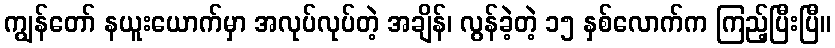
ကျွန်တော် နယူးယောက်မှာ အလုပ်လုပ်တဲ့ အချိန်၊ လွန်ခဲ့တဲ့ ၁၅ နှစ်လောက်က ကြည့်ပြီးပြီ။